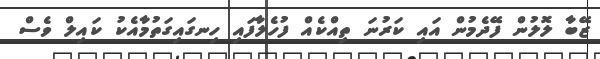
ޒޭބާ ލޮލުން ފޭދެމުން އައި ކަރުނަ ތިއްކެއް ފުހެލާފައި ހިނގައިގަތުމާއެކު ކައިލް ވެސް